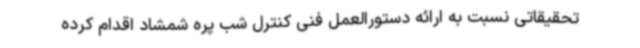
تحقیقاتی نسبت به ارائه دستورالعمل فنی کنترل شب پره شمشاد اقدام کرده